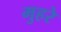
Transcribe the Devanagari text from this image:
मुहरे